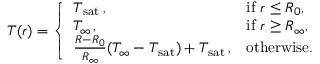
\begin{array} { r } { T ( r ) = \left\{ \begin{array} { l l } { T _ { \mathrm { s a t } } \, , } & { \mathrm { i f ~ } r \leq R _ { 0 } , } \\ { T _ { \infty } \, , } & { \mathrm { i f ~ } r \geq R _ { \infty } , } \\ { \frac { R - R _ { 0 } } { R _ { \infty } } ( T _ { \infty } - T _ { \mathrm { s a t } } ) + T _ { \mathrm { s a t } } \, , } & { \mathrm { o t h e r w i s e . } } \end{array} \right. } \end{array}